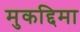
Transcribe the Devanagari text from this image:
मुकद्दिमा